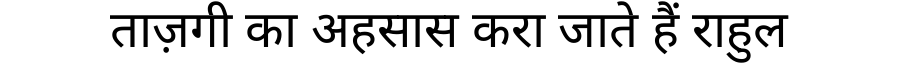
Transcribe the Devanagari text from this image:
ताज़गी का अहसास करा जाते हैं राहुल